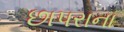
છાપરાના